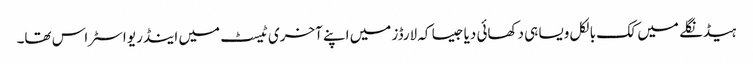
ہیڈنگلے میں کک بالکل ویسا ہی دکھائی دیا جیسا کہ لارڈز میں اپنے آخری ٹیسٹ میں اینڈریو اسٹراس تھا۔